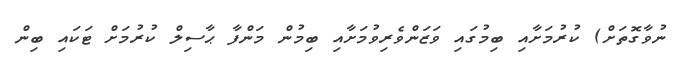
ނުވާގޮތަށް) ކުރުމަށާއި ބިމުގައި ވަޒަންވެރިވުމަށާއި ބިމުން މަންފާ ޙާސިލް ކުރުމަށް ޓަކައި ބިން